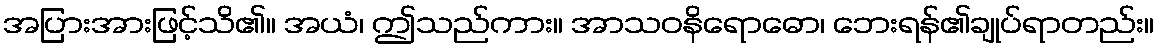
အပြားအားဖြင့်သိ၏။ အယံ၊ ဤသည်ကား။ အာသဝနိရောဓော၊ ဘေးရန်၏ချုပ်ရာတည်း။